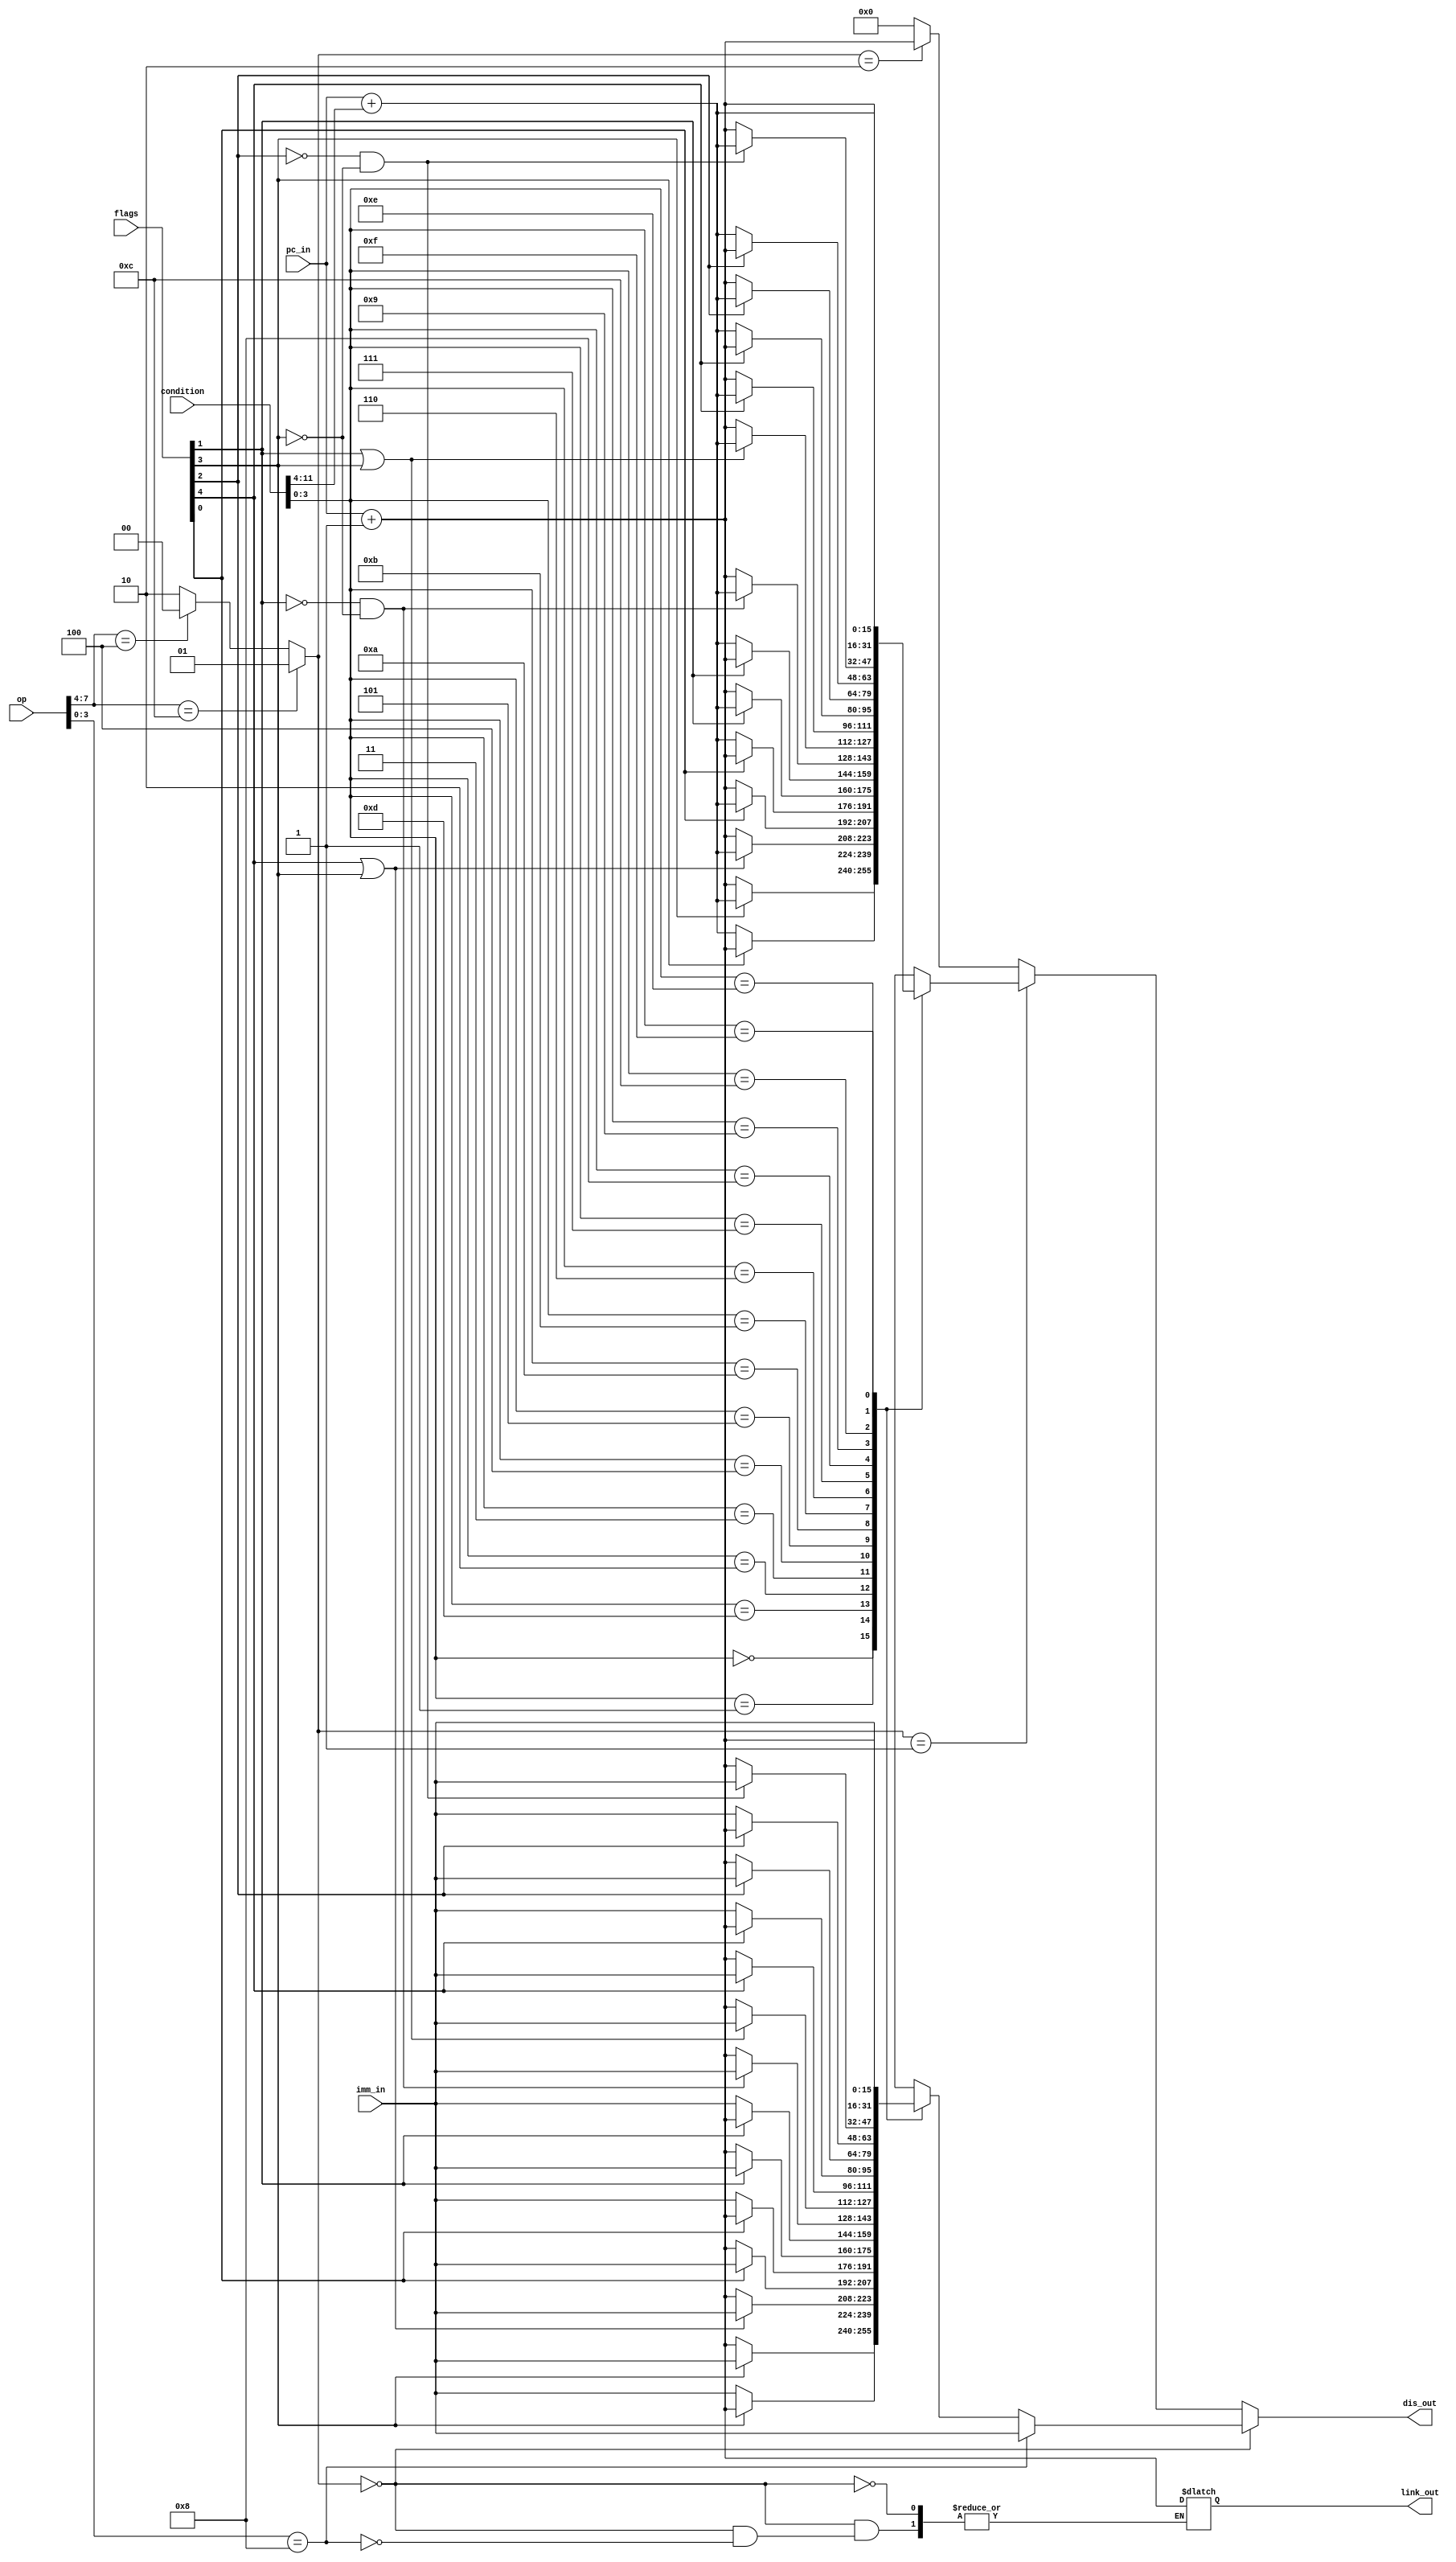
module pc_displace(pc_in, op, flags, imm_in, link_out, dis_out, condition);
     input [15:0] pc_in;
     input [7:0]  op;
     input [4:0]  flags;
     input [15:0] imm_in;
	  input [15:0] condition;

     
     output reg [15:0] dis_out, link_out;
     
     
     reg [1:0] type;
     
     // Flags[0] - Carry-bit
    // Flags[1] - Low flag: 1 if Rdest operand < Rsrc as UNSIGNED numbers
    // Flags[2] - Flag: F bit to signal arithmetic overflow
    // Flags[3] - Z: Set by comparison operation (1 if two operands are equal, cleared otherwise)
    // Flags[4] - N: Negative bit (1 if Rdest < Rsrc) as SIGNED numbers
     
     
  
     
     always@(imm_in, pc_in, op, condition, flags) begin
	  
	       //1100 -> branch (type = 1)  0100-> jump (type = 0)
     if(op[7:4] == 4'b1100)
        type = 2'b01;
		else if(op[7:4] == 4'b0100)
        type = 2'b00;
		else
		  type = 2'b10;

       //checks if jump
      if(type == 2'b00) begin
			if(op[3:0] == 4'b1000) begin
					link_out = pc_in + 1;
					dis_out = imm_in;
			end
			else begin
				case(condition[3:0]) 
							  // Flags[0] - C: Carry-bit
							// Flags[1] - L: Low flag, 1 if Rdest operand < Rsrc as UNSIGNED numbers
							// Flags[2] - F: Flag bit to signal arithmetic overflow
							// Flags[3] - Z: Set by comparison operation (1 if two operands are equal, cleared otherwise)
							// Flags[4] - N: Negative bit (1 if Rdest < Rsrc) as SIGNED numbers
							
                    //EQ - Equal
                    4'b0000: begin
                                if(flags[3] == 1)
                                    dis_out = imm_in;
                                else
                                    dis_out = pc_in + 1;
                             end
                    //NE - Not Equal       
                    4'b0001: begin
                                if(flags[3] == 0)
                                    dis_out = imm_in;
                                else
                                    dis_out = pc_in + 1;                    
                             end
									  
									  									  
						  //GE - Greater than or Equal
                    4'b1101: begin
                                if(flags[4] == 1 || flags[3] == 1)
                                    dis_out = imm_in;
                                else
                                    dis_out = pc_in + 1;
                             end
									  
						  //CS - Carry Set
                    4'b0010: begin
                                if(flags[0] == 1)
                                    dis_out = imm_in;
                                else
                                    dis_out = pc_in + 1;
                             end
									  
						  //CC - Carry Clear
                    4'b0011: begin
                                if(flags[0] == 0)
                                    dis_out = imm_in;
                                else
                                    dis_out = pc_in + 1;
                             end
									  
						  //HI - Higher than
                    4'b0100: begin
                                if(flags[1] == 1)
                                    dis_out = imm_in;
                                else
                                    dis_out = pc_in + 1;
                             end
									  
									  
							//LS - Lower than or Same as
                    4'b0101: begin
                                if(flags[1] == 0)
                                    dis_out = imm_in;
                                else
                                    dis_out = pc_in + 1;
                             end
									  
						  //LO - Lower than	
                    4'b1010: begin
                                if(flags[1] == 0 && flags[3] == 0)
                                    dis_out = imm_in;
                                else
                                    dis_out = pc_in + 1;
                             end
									  
						  //HS - Higher than or Same as
                    4'b1011: begin
                                if(flags[1] == 1 || flags[3] == 1)
                                    dis_out = imm_in;
                                else
                                    dis_out = pc_in + 1;
                             end
									  
						  //GT - Greater than
                    4'b0110: begin
                                if(flags[4] == 1)
                                    dis_out = imm_in;
                                else 
                                    dis_out = pc_in + 1;
                             end
									  
						  //LE - Less than or Equal
                    4'b0111: begin
                                if(flags[4] == 0)
                                    dis_out = imm_in;
                                else
                                    dis_out = pc_in + 1;
                             end
									  
						  //FS - Flag Set
                    4'b1000: begin
                                if(flags[2] == 1)
                                    dis_out = imm_in;
                                else
                                    dis_out = pc_in + 1;
                             end
									  
						  //FC - Flag Clear
                    4'b1001: begin
                                if(flags[2] == 0)
                                    dis_out = imm_in;
                                else
                                    dis_out = pc_in + 1;
                             end
									  
						  //LT - Less than
                    4'b1100: begin
                                if(flags[2] == 0 && flags[3] == 0)
                                    dis_out = imm_in;
                                else
                                    dis_out = pc_in + 1;
                             end
									  
						  //UC - Unconditional
                    4'b1110: begin
                                    dis_out = imm_in;
                             end
									  
						  // Never Jump
                    4'b1111: begin
											dis_out = pc_in + 1;
									  end
                endcase
            end
				end
					
					//if branch
            else if(type == 2'b01) begin
                case(condition[3:0])
					 
							// Flags[0] - C: Carry-bit
							// Flags[1] - L: Low flag, 1 if Rdest operand < Rsrc as UNSIGNED numbers
							// Flags[2] - F: Flag bit to signal arithmetic overflow
							// Flags[3] - Z: Set by comparison operation (1 if two operands are equal, cleared otherwise)
							// Flags[4] - N: Negative bit (1 if Rdest < Rsrc) as SIGNED numbers
							
                    //EQ - Equal
                    4'b0000: begin
                                if(flags[3] == 1)
                                    dis_out = pc_in + condition[11:4];
                                else
                                    dis_out = pc_in + 1;
                             end
                    //NE - Not Equal       
                    4'b0001: begin
                                if(flags[3] == 0)
                                    dis_out = pc_in + condition[11:4];
                                else
                                    dis_out = pc_in + 1;                    
                             end
									  
									  									  
						  //GE - Greater than or Equal
                    4'b1101: begin
                                if(flags[4] == 1 || flags[3] == 1)
                                    dis_out = pc_in + condition[11:4];
                                else
                                    dis_out = pc_in + 1;
                             end
									  
						  //CS - Carry Set
                    4'b0010: begin
                                if(flags[0] == 1)
                                    dis_out = pc_in + condition[11:4];
                                else
                                    dis_out = pc_in + 1;
                             end
									  
						  //CC - Carry Clear
                    4'b0011: begin
                                if(flags[0] == 0)
                                    dis_out = pc_in + condition[11:4];
                                else
                                    dis_out = pc_in + 1;
                             end
									  
						  //HI - Higher than
                    4'b0100: begin
                                if(flags[1] == 1)
                                    dis_out = pc_in + condition[11:4];
                                else
                                    dis_out = pc_in + 1;
                             end
									  
									  
							//LS - Lower than or Same as
                    4'b0101: begin
                                if(flags[1] == 0)
                                    dis_out = pc_in + condition[11:4];
                                else
                                    dis_out = pc_in + 1;
                             end
									  
						  //LO - Lower than	
                    4'b1010: begin
                                if(flags[1] == 0 && flags[3] == 0)
                                    dis_out = pc_in + condition[11:4];
                                else
                                    dis_out = pc_in + 1;
                             end
									  
						  //HS - Higher than or Same as
                    4'b1011: begin
                                if(flags[1] == 1 || flags[3] == 1)
                                    dis_out = pc_in + condition[11:4];
                                else
                                    dis_out = pc_in + 1;
                             end
									  
						  //GT - Greater than
                    4'b0110: begin
                                if(flags[4] == 1)
                                    dis_out = pc_in + condition[11:4];
                                else 
                                    dis_out = pc_in + 1;
                             end
									  
						  //LE - Less than or Equal
                    4'b0111: begin
                                if(flags[4] == 0)
                                    dis_out = pc_in + condition[11:4];
                                else
                                    dis_out = pc_in + 1;
                             end
									  
						  //FS - Flag Set
                    4'b1000: begin
                                if(flags[2] == 1)
                                    dis_out = pc_in + condition[11:4];
                                else
                                    dis_out = pc_in + 1;
                             end
									  
						  //FC - Flag Clear
                    4'b1001: begin
                                if(flags[2] == 0)
                                    dis_out = pc_in + condition[11:4];
                                else
                                    dis_out = pc_in + 1;
                             end
									  
						  //LT - Less than
                    4'b1100: begin
                                if(flags[2] == 0 && flags[3] == 0)
                                    dis_out = pc_in + condition[11:4];
                                else
                                    dis_out = pc_in + 1;
                             end
									  
						  //UC - Unconditional
                    4'b1110: begin
										   dis_out = pc_in + condition[11:4];
                             end
									  
						  // Never Jump
                    4'b1111: begin
											dis_out = pc_in + 1;
									  end
						 endcase
					 end
					else if (type == 2'b10)
						dis_out = pc_in + 1;
					else
					dis_out = 16'b0;
		end
endmodule